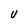
Character: V